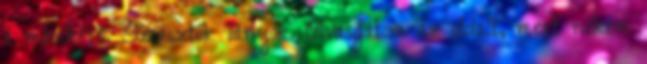
a másikért. Sziasztok lányok. Olvasgatom az oldalt, mert nekem